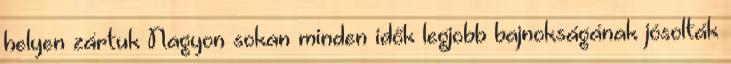
helyen zártuk Nagyon sokan minden idők legjobb bajnokságának jósolták